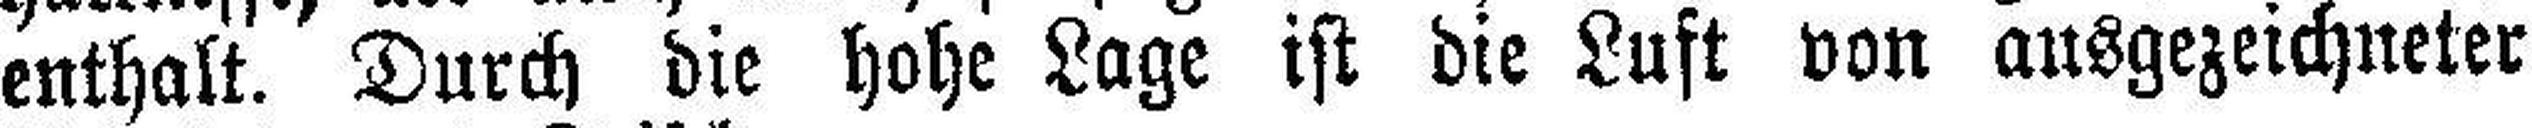
enthalt. Durch die hohe Lage ist die Luft von ausgezeichneter